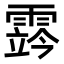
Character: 霠